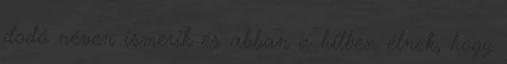
dodó néven ismerik és abban a hitben élnek, hogy